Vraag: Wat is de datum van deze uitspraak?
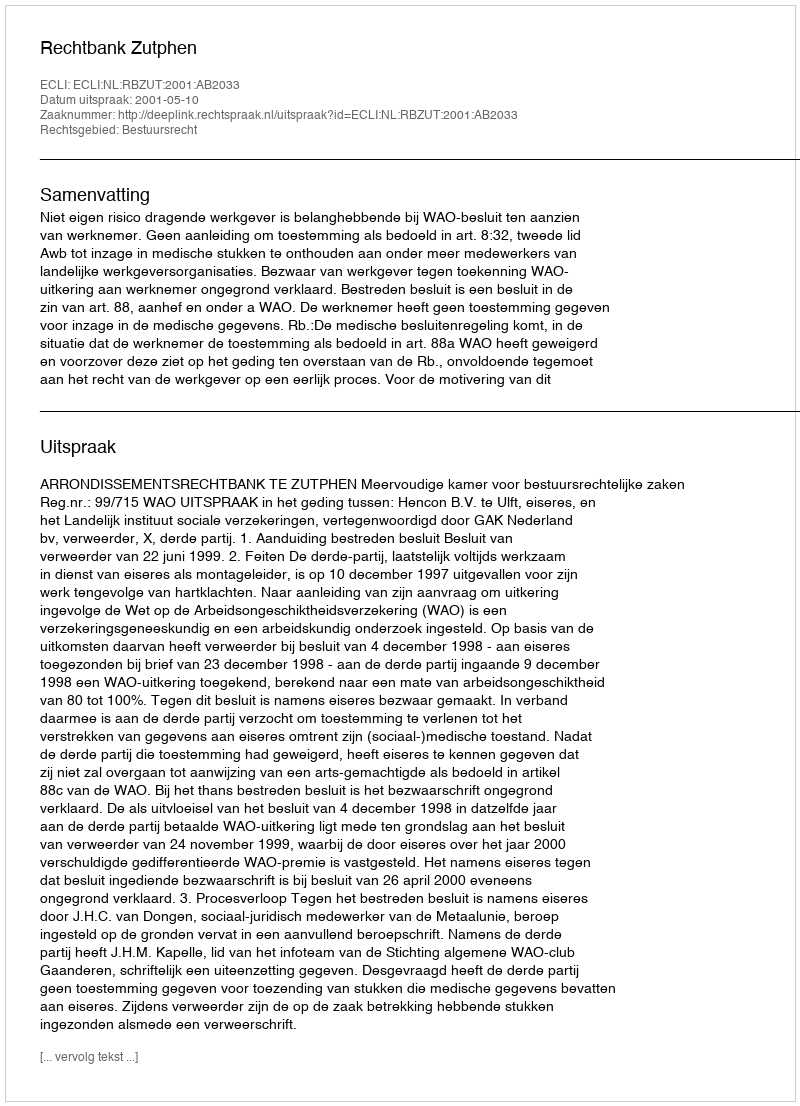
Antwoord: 2001-05-10